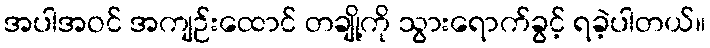
အပါအဝင် အကျဉ်းထောင် တချို့ကို သွားရောက်ခွင့် ရခဲ့ပါတယ်။